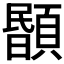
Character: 𩔉